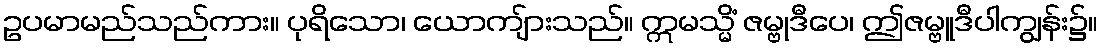
ဥပမာမည်သည်ကား။ ပုရိသော၊ ယောကျ်ားသည်။ ဣမသ္မိံ ဇမ္ဗုဒီပေ၊ ဤဇမ္ဗူဒီပါကျွန်း၌။